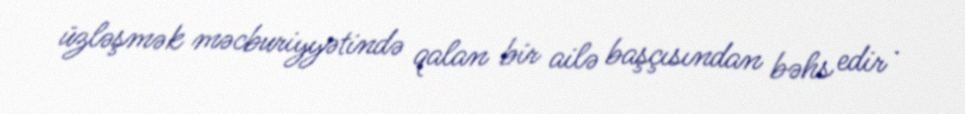
üzləşmək məcburiyyətində qalan bir ailə başçısından bəhs edir .